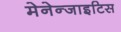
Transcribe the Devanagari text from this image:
मेनेन्जाइटिस